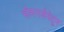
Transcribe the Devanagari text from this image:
भीमगर्जनेतून